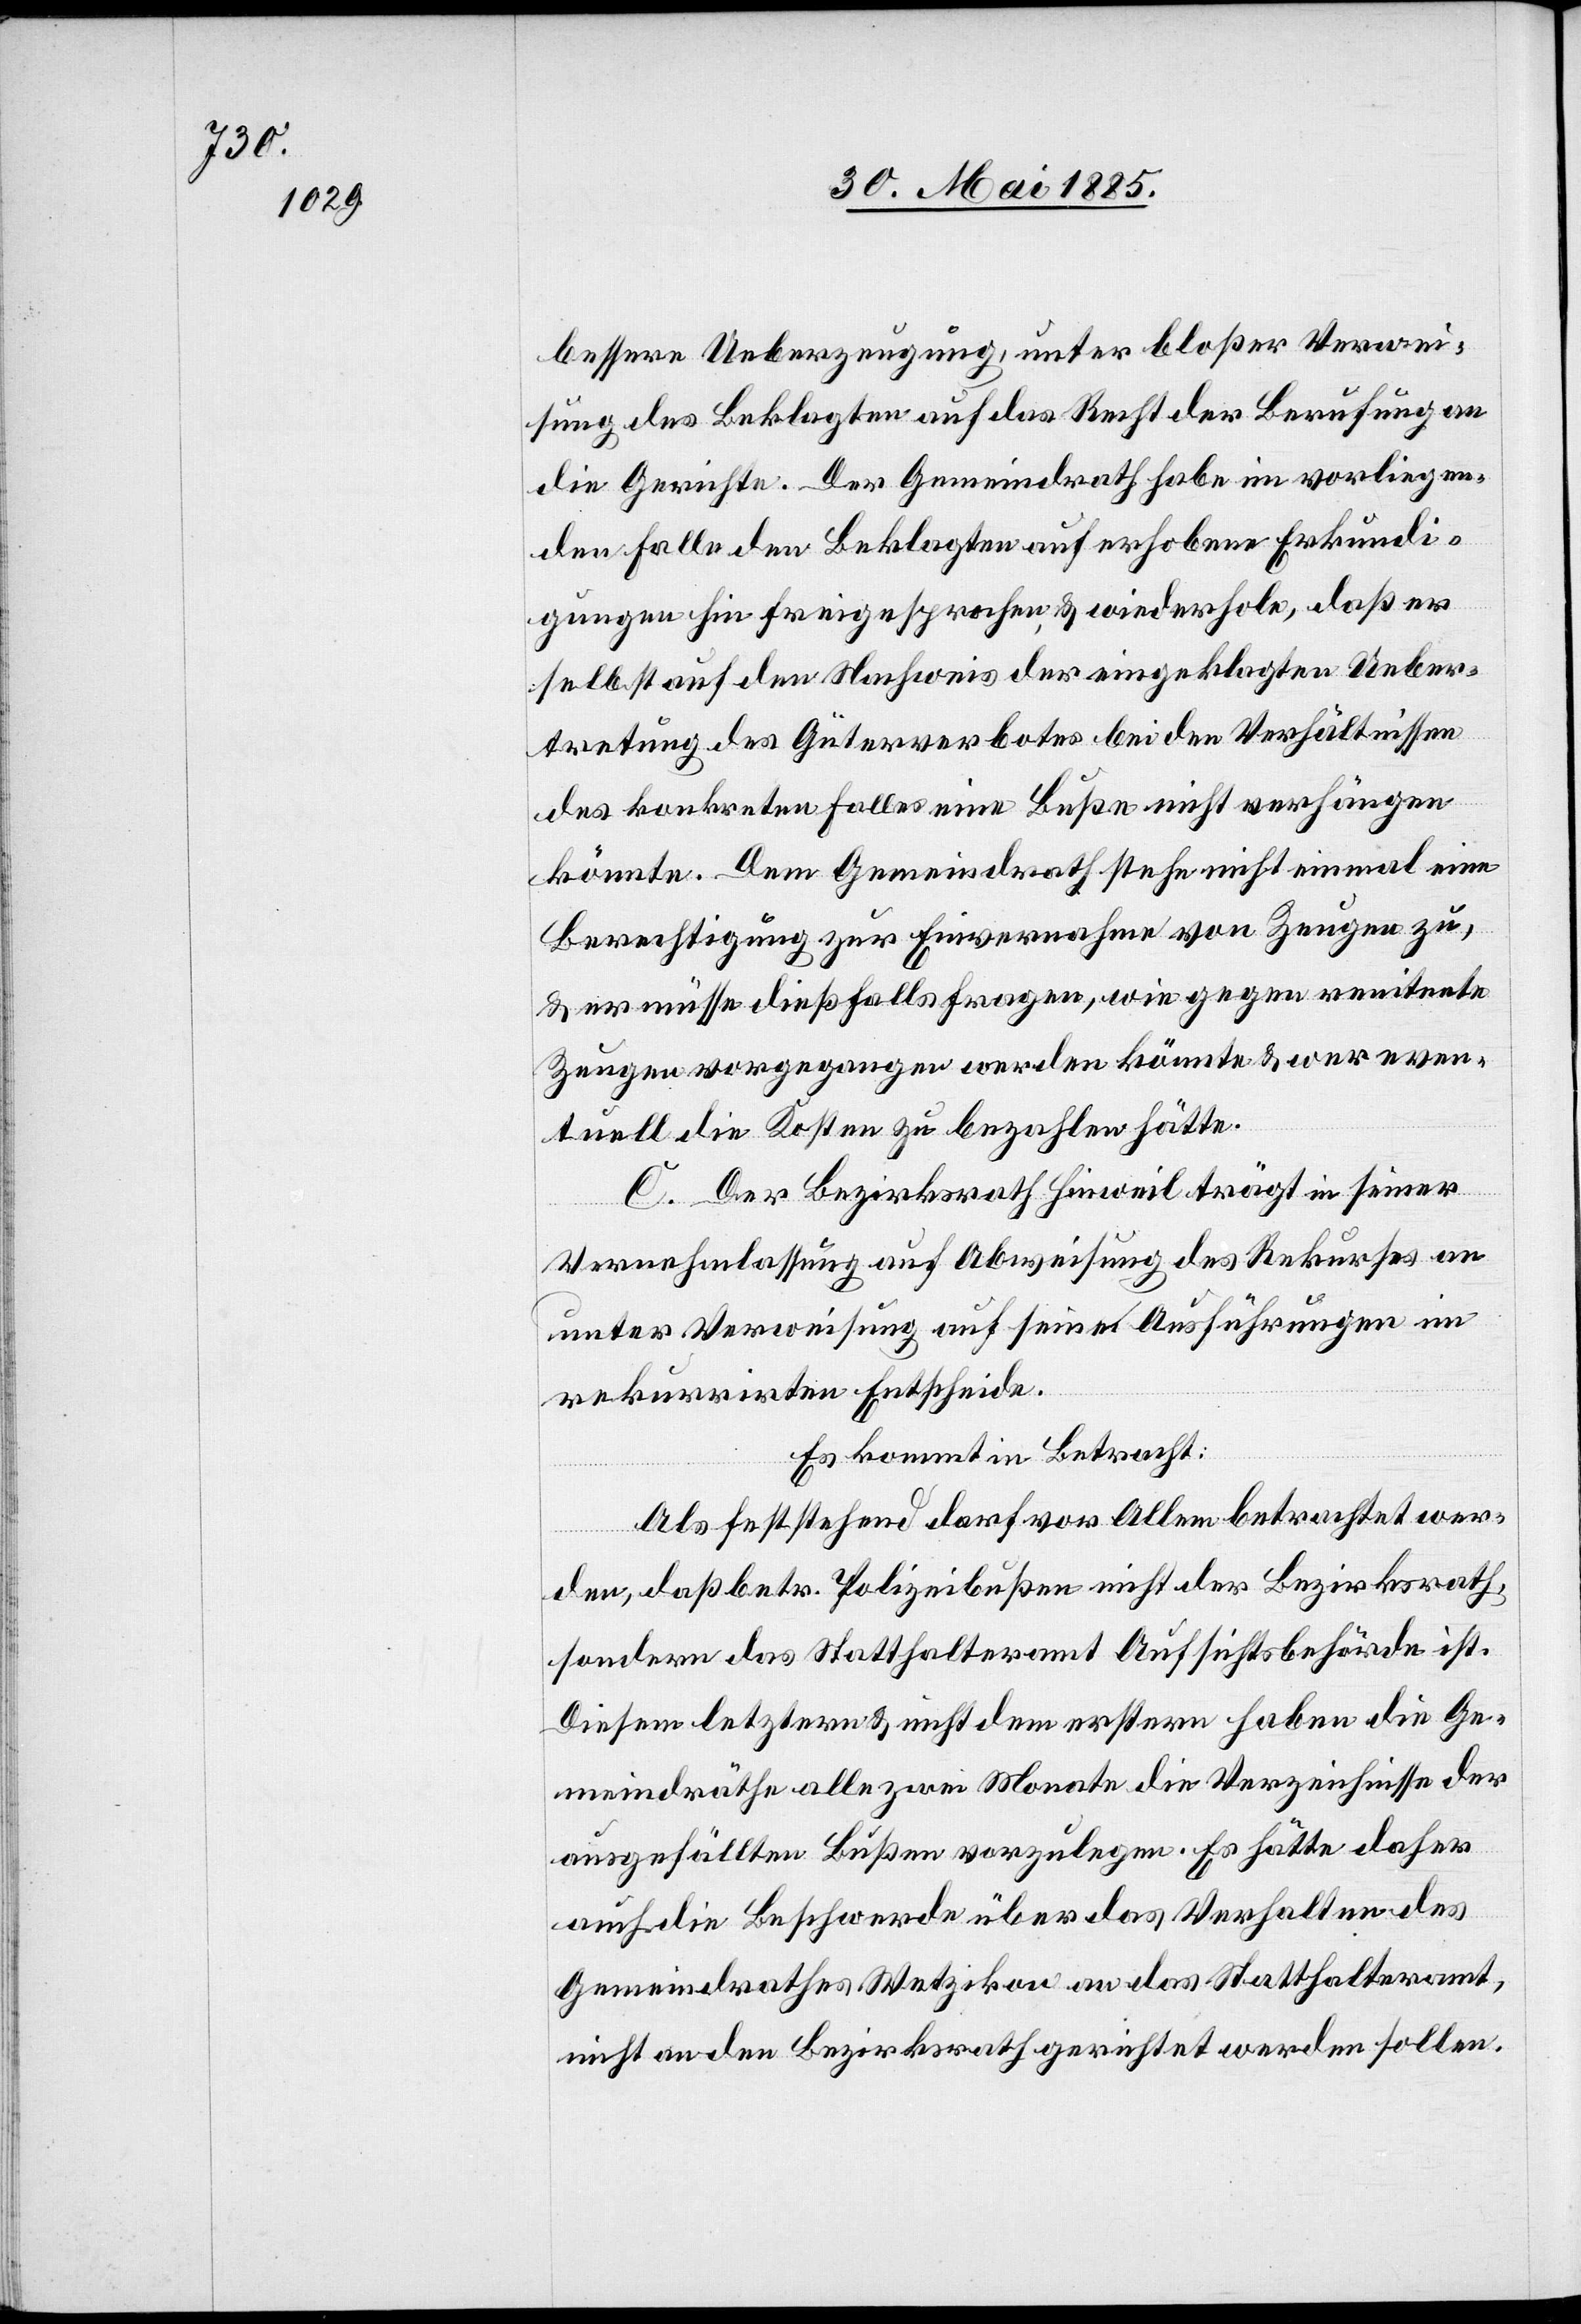
bessere Ueberzeugung, unter bloßer Verwei¬
sung des Beklagten auf das Recht der Berufung an
die Gerichte. Der Gemeindrath habe im vorliegen¬
den Falle den Beklagten auf erhobene Erkundi¬
gungen hin freigesprochen, & wiederhole, daß er
selbst auf den Nachweis der eingeklagten Ueber¬
tretung des Güterverbotes bei den Verhältnissen
des konkreten Falles eine Buße nicht verhängen
könnte. Dem Gemeindrath stehe nicht einmal eine
Berechtigung zur Einvernahme von Zeugen zu,
& er müsse dießfalls fragen, wie gegen renitente
Zeugen vorgegangen werden könnte & wer even¬
tuell die Kosten zu bezahlen hätte.
C. Der Bezirksrath Hinweil trägt in seiner
Vernehmlassung auf Abweisung des Rekurses an
unter Verweisung auf seine Ausführungen im
rekurrirten Entscheide.
Es kommt in Betracht:
Als feststehend darf vor Allem betrachtet wer¬
den, daß betr. Polizeibußen nicht der Bezirksrath,
sondern das Statthalteramt Aufsichtsbehörde ist.
Diesem letztern & nicht dem erstern haben die Ge¬
meindräthe alle zwei Monate die Verzeichnisse der
ausgefällten Bußen vorzulegen. Es hätte daher
auch die Beschwerde über das Verhalten des
Gemeindrathes Wetzikon an das Statthalteramt,
nicht an den Bezirksrath gerichtet werden sollen.